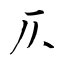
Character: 仄